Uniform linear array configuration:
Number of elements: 24
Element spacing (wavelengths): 0.5
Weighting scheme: kaiser
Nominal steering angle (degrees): -45
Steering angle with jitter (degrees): -46.714
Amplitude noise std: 0.05
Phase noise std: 0.05

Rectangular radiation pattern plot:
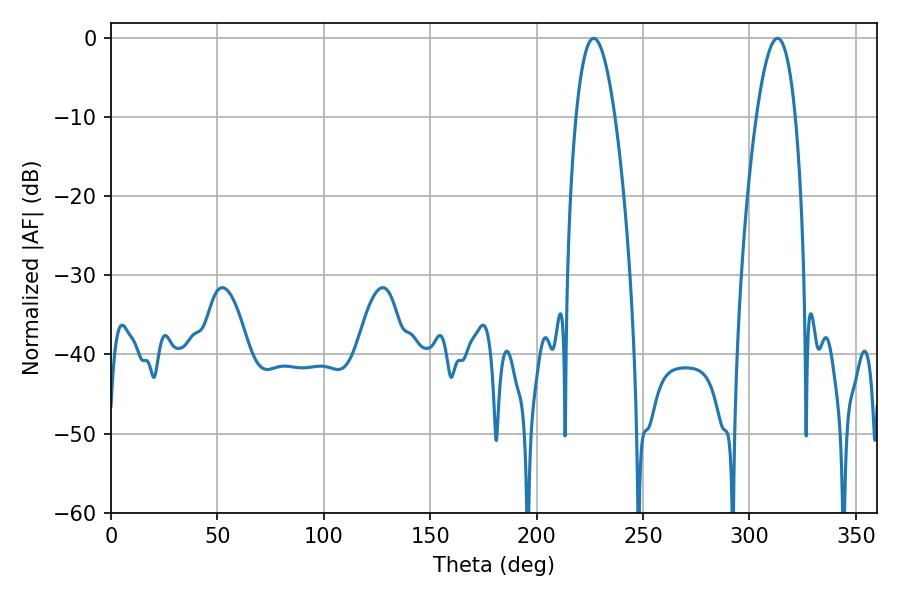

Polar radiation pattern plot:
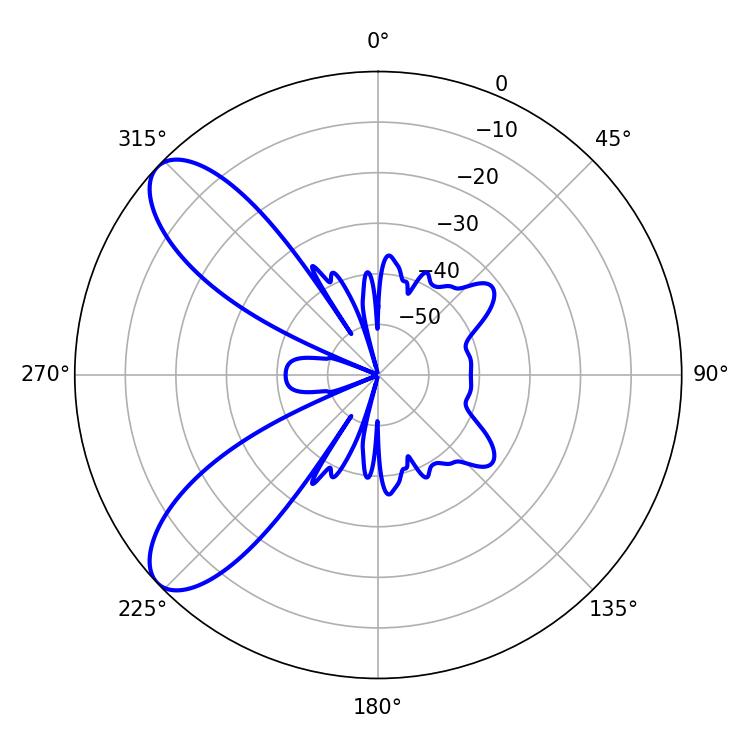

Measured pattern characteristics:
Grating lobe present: FALSE
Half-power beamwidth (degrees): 10.26
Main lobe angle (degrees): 226.8